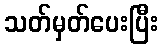
သတ်မှတ်ပေးပြီး